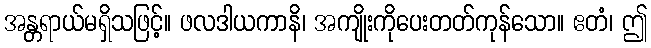
အန္တရာယ်မရှိသဖြင့်။ ဖလဒါယကာနိ၊ အကျိုးကိုပေးတတ်ကုန်သော။ ဧတံ၊ ဤ